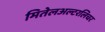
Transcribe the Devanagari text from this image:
मितेलअल्टरलिचर